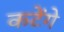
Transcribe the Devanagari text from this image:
कटेंगे